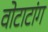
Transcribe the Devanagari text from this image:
वोटाटांग